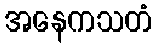
အနေကသတံ